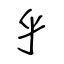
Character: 乎